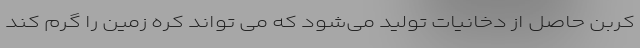
کربن حاصل از دخانیات تولید می‌شود که می ‌تواند کره زمین را گرم کند